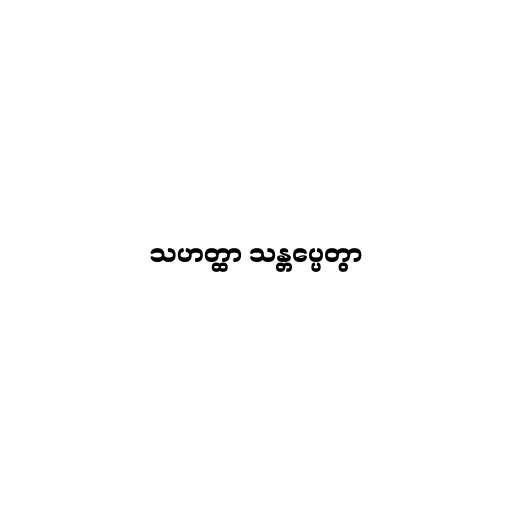
သဟတ္ထာ သန္တပ္ပေတွာ